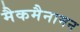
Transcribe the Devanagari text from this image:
मैकमैनामन